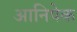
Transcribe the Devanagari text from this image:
आनिषेक